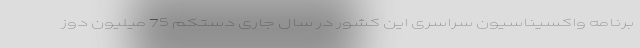
برنامه واکسیناسیون سراسری این کشور در سال جاری دستکم 75 میلیون دوز